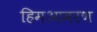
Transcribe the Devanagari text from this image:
हिमआवरण